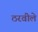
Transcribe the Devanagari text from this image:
ठरवीले